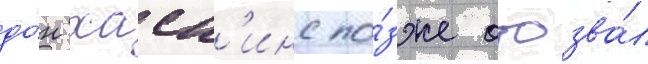
до́н хаск'инс по́зже отозва́л